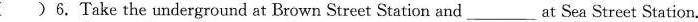
( )6.Take the underground at Brown Street Station and ___at Sea Street Station.